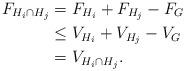
LaTeX: \begin{align*}F_{H_i \cap H_j} & = F_{H_i} + F_{H_j} - F_{G} \\& \leq V_{H_i} + V_{H_j} - V_{G} \\& = V_{H_i \cap H_j}.\end{align*}